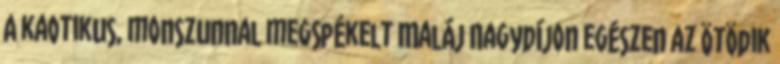
A kaotikus, monszunnal megspékelt Maláj Nagydíjon egészen az ötödik